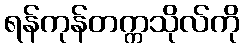
ရန်ကုန်တက္ကသိုလ်ကို